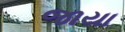
જાયા